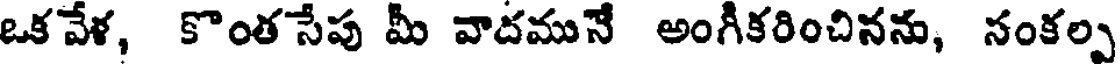
ఒక వేళ, కొంత సేపు మీ వాదమునే అంగీకరించినను, సంకల్ప